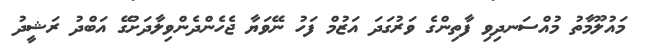
މައުލޫމާތު މުއްސަނދިވި ފާތިންގެ ވަރުގަދަ އަޒުމް ފަހު ނޭވަޔާ ޖެހެންދެންވިލާދަށުގޭ އަބްދު ރަޝީދު